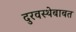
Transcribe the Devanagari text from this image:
दुरवस्थेबाबत